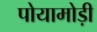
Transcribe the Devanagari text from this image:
पोयामोड़ी